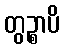
တွဉ္စာပိ